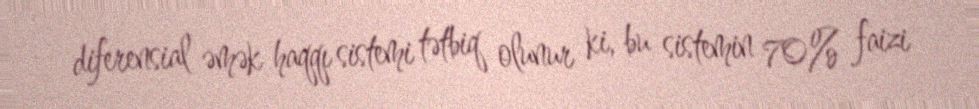
diferensial əmək haqqı sistemi tətbiq olunur ki, bu sistemin 70% faizi